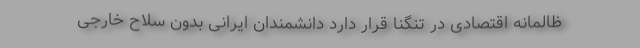
ظالمانه اقتصادی در تنگنا قرار دارد دانشمندان ایرانی بدون سلاح خارجی